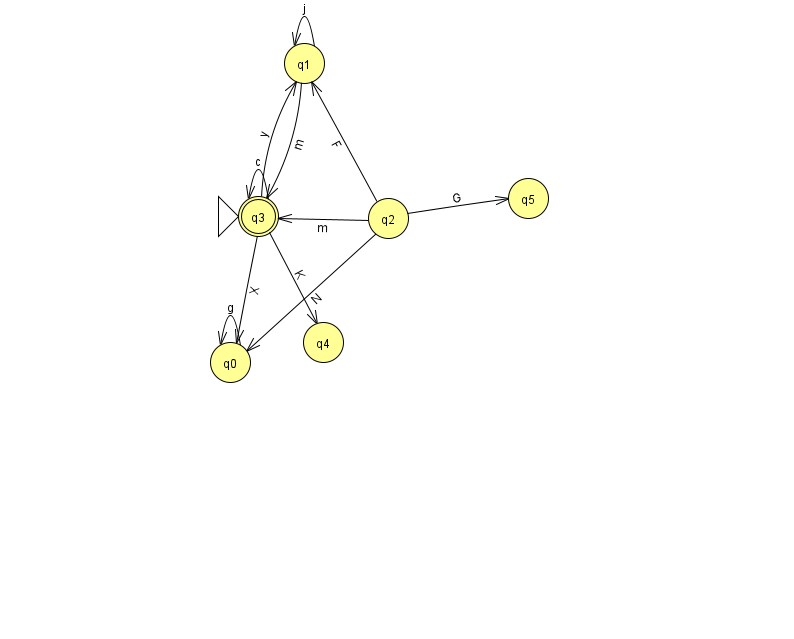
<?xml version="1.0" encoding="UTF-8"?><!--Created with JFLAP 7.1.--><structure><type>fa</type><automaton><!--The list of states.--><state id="0" name="q0"><x>230.0</x><y>349.0</y></state><state id="1" name="q1"><x>304.0</x><y>50.0</y></state><state id="2" name="q2"><x>388.0</x><y>205.0</y></state><state id="3" name="q3"><x>258.0</x><y>203.0</y><initial/><final/></state><state id="4" name="q4"><x>323.0</x><y>329.0</y></state><state id="5" name="q5"><x>528.0</x><y>185.0</y></state><!--The list of transitions.--><transition><from>2</from><to>1</to><read>F</read></transition><transition><from>3</from><to>3</to><read>c</read></transition><transition><from>2</from><to>5</to><read>G</read></transition><transition><from>0</from><to>0</to><read>g</read></transition><transition><from>2</from><to>3</to><read>m</read></transition><transition><from>3</from><to>0</to><read>X</read></transition><transition><from>3</from><to>1</to><read>y</read></transition><transition><from>3</from><to>4</to><read>K</read></transition><transition><from>1</from><to>1</to><read>j</read></transition><transition><from>2</from><to>0</to><read>N</read></transition><transition><from>1</from><to>3</to><read>m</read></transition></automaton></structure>